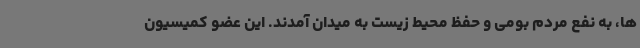
ها، به نفع مردم بومی و حفظ محیط زیست به میدان آمدند. این عضو کمیسیون